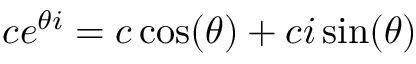
c e ^ { \theta i } = c \cos ( \theta ) + c i \sin ( \theta )